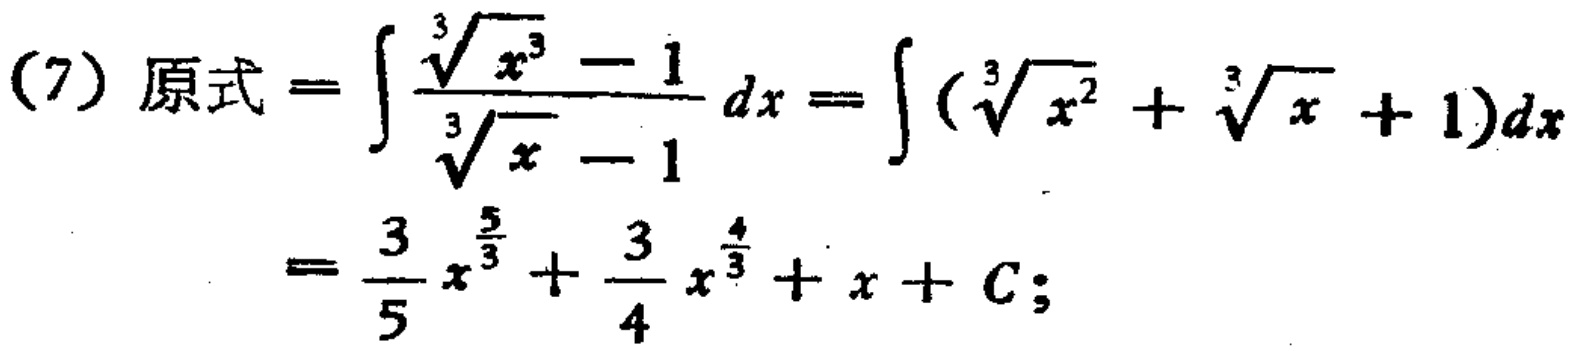
(7) 原式 \(=\int \frac{\sqrt[3]{x^{3}} - 1}{\sqrt[3]{x}-1}dx=\int (\sqrt[3]{x^{2}}+\sqrt[3]{x}+1)dx=\frac{3}{5}x^{\frac{5}{3}}+\frac{3}{4}x^{\frac{4}{3}}+x + C\);